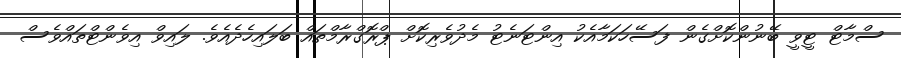
ސްމާޓް ޓީވީ ބޭނުންކޮށްގެން ފަސޭހަކަމާއެކު އިންޓަނެޓު މެދުވެރިކޮށް ޕްރޮގްރާމްތައް ބަލައިހެދެއެވެ. ލައިވް އިވެންޓްތައްވެސް